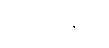
ဝုတ္တဝစနာပိ